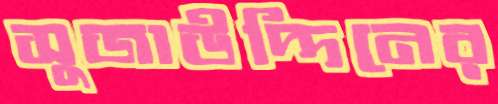
সুজাউদ্দিনের